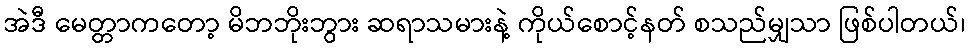
အဲဒီ မေတ္တာကတော့ မိဘဘိုးဘွား ဆရာသမားနဲ့ ကိုယ်စောင့်နတ် စသည်မျှသာ ဖြစ်ပါတယ်၊